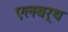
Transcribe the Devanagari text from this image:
एलबर्थ